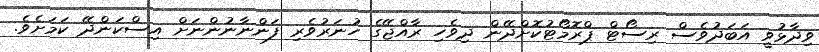
ވިދާޅުވީ އަބަދުވެސް ރިސޯޓް ޕްރޮމޯޓުކޮށްދޭން ދިވެހި ރާއްޖޭގެ ހުނަރުވެރި ފަންނާނުންނަށް އިސްކަންދޭ ކަމަށެވެ.